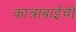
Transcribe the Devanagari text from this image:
कात्राबाईची